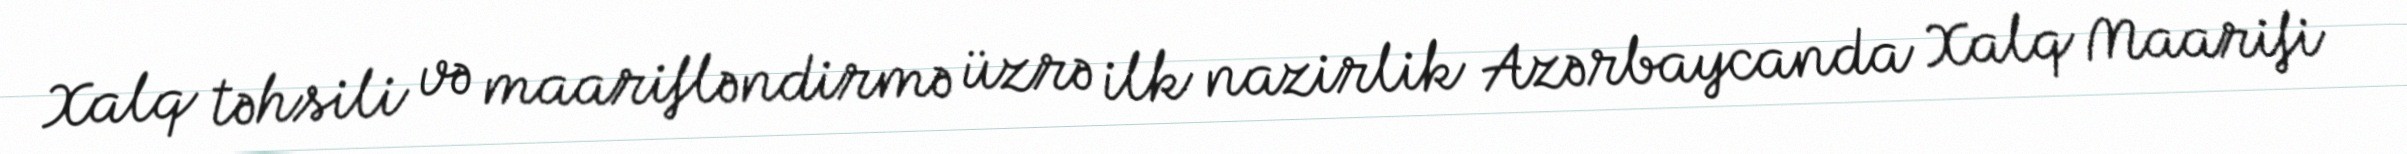
Xalq təhsili və maarifləndirmə üzrə ilk nazirlik Azərbaycanda Xalq Maarifi